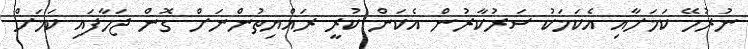
ނުރުހޭ ކަމަށާއި އެކަމަކު ސަރުކާރުން އެކަން ކުރީ ރައްޔިތުންނަށް ގޮން ޖަހާފައި ކަމަށް